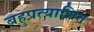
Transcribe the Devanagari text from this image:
बहुप्रत्याशित